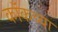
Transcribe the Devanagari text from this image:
कॉकच्या